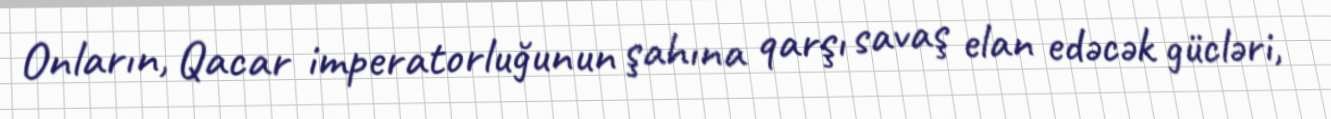
Onların, Qacar imperatorluğunun şahına qarşı savaş elan edəcək gücləri,